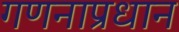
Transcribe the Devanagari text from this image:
गणनाप्रधान